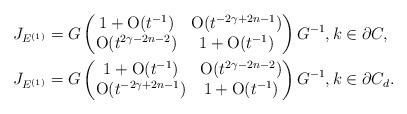
LaTeX: \begin{align*} &J_{E^{(1)}}=G\begin{pmatrix}1+\mathrm{O}(t^{-1})&\mathrm{O}(t^{-2\gamma+2n-1})\\\mathrm{O}(t^{2\gamma-2n-2})&1+\mathrm{O}(t^{-1})\end{pmatrix}G^{-1}, k\in\partial C,\\&J_{E^{(1)}}=G\begin{pmatrix}1+\mathrm{O}(t^{-1})&\mathrm{O}(t^{2\gamma-2n-2})\\\mathrm{O}(t^{-2\gamma+2n-1})&1+\mathrm{O}(t^{-1})\end{pmatrix}G^{-1},k\in\partial C_d.\end{align*}